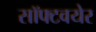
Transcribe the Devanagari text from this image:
सॉफ्टवयेर